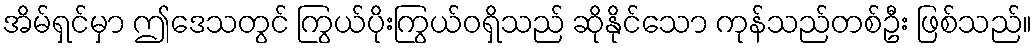
အိမ်ရှင်မှာ ဤဒေသတွင် ကြွယ်ပိုးကြွယ်ဝရှိသည် ဆိုနိုင်သော ကုန်သည်တစ်ဦး ဖြစ်သည်။